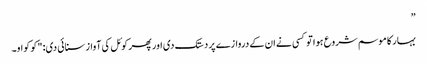
”
بہار کا موسم شروع ہوا تو کسی نے ان کے دروازے پر دستک دی اور پھر کوئل کی آواز سنائی دی: "کو کواو۔